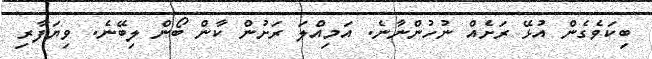
ބިކަވެގެން އުޅޭ ރަށެއް ނުހުންނާނެ. އަމިއްލަ ރަށުން ކާން ބޯން ލިބޭނެ. ވިޔަފާރި